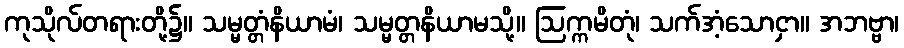
ကုသိုလ်တရားတို့၌။ သမ္မတ္တံနိယာမံ၊ သမ္မတ္တနိယာမသို့။ ဩက္ကမိတုံ၊ သက်အံ့သောငှာ။ အဘဗ္ဗာ၊